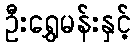
ဦးရွှေမန်းနှင့်